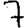
Digit: 7